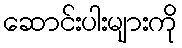
ဆောင်းပါးများကို